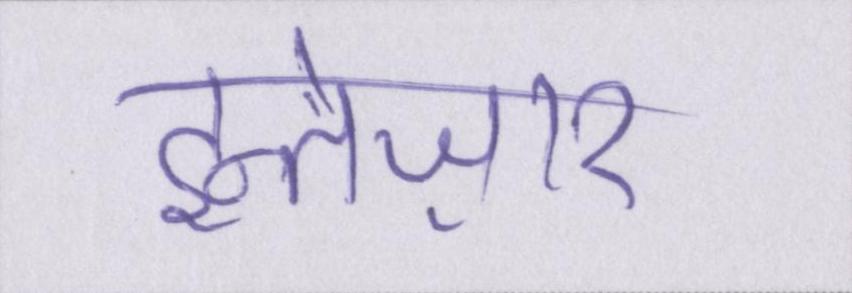
इन्तेज़ार